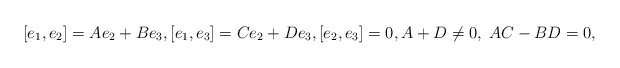
\begin{align*} [e_1, e_2]=A e_2 + B e_3, [e_1,e_3]=C e_2+D e_3, [e_2,e_3]=0, A+D\neq 0, \; AC-BD =0,\end{align*}